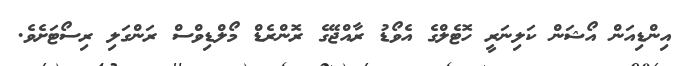
އިންޑިއަން އޯޝަން ކަލިނަރީ ހޮޓެލްގެ އެވޯޑު ރާއްޖޭގެ ރޮންރެޑް މޯލްޑިވްސް ރަންގަލި ރިސޯޓަށެވެ.